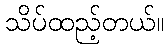
သိပ်ထည့်တယ်။